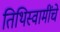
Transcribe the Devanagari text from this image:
तिथिस्वामींचे